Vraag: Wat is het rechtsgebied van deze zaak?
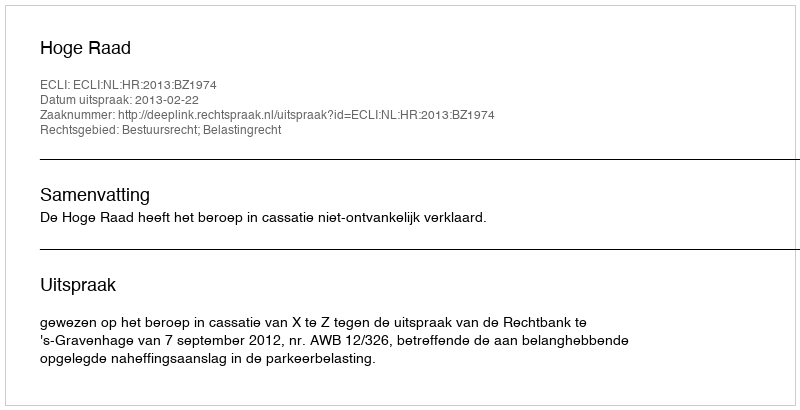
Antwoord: Bestuursrecht; Belastingrecht